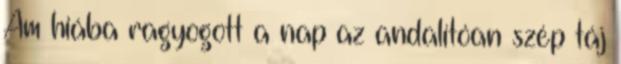
Ám hiába ragyogott a nap az andalítóan szép táj